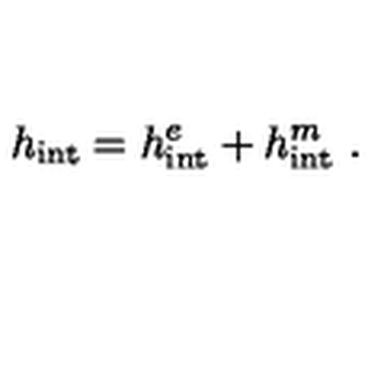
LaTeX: h _ { \mathrm { i n t } } = h _ { \mathrm { i n t } } ^ { e } + h _ { \mathrm { i n t } } ^ { m } \ .